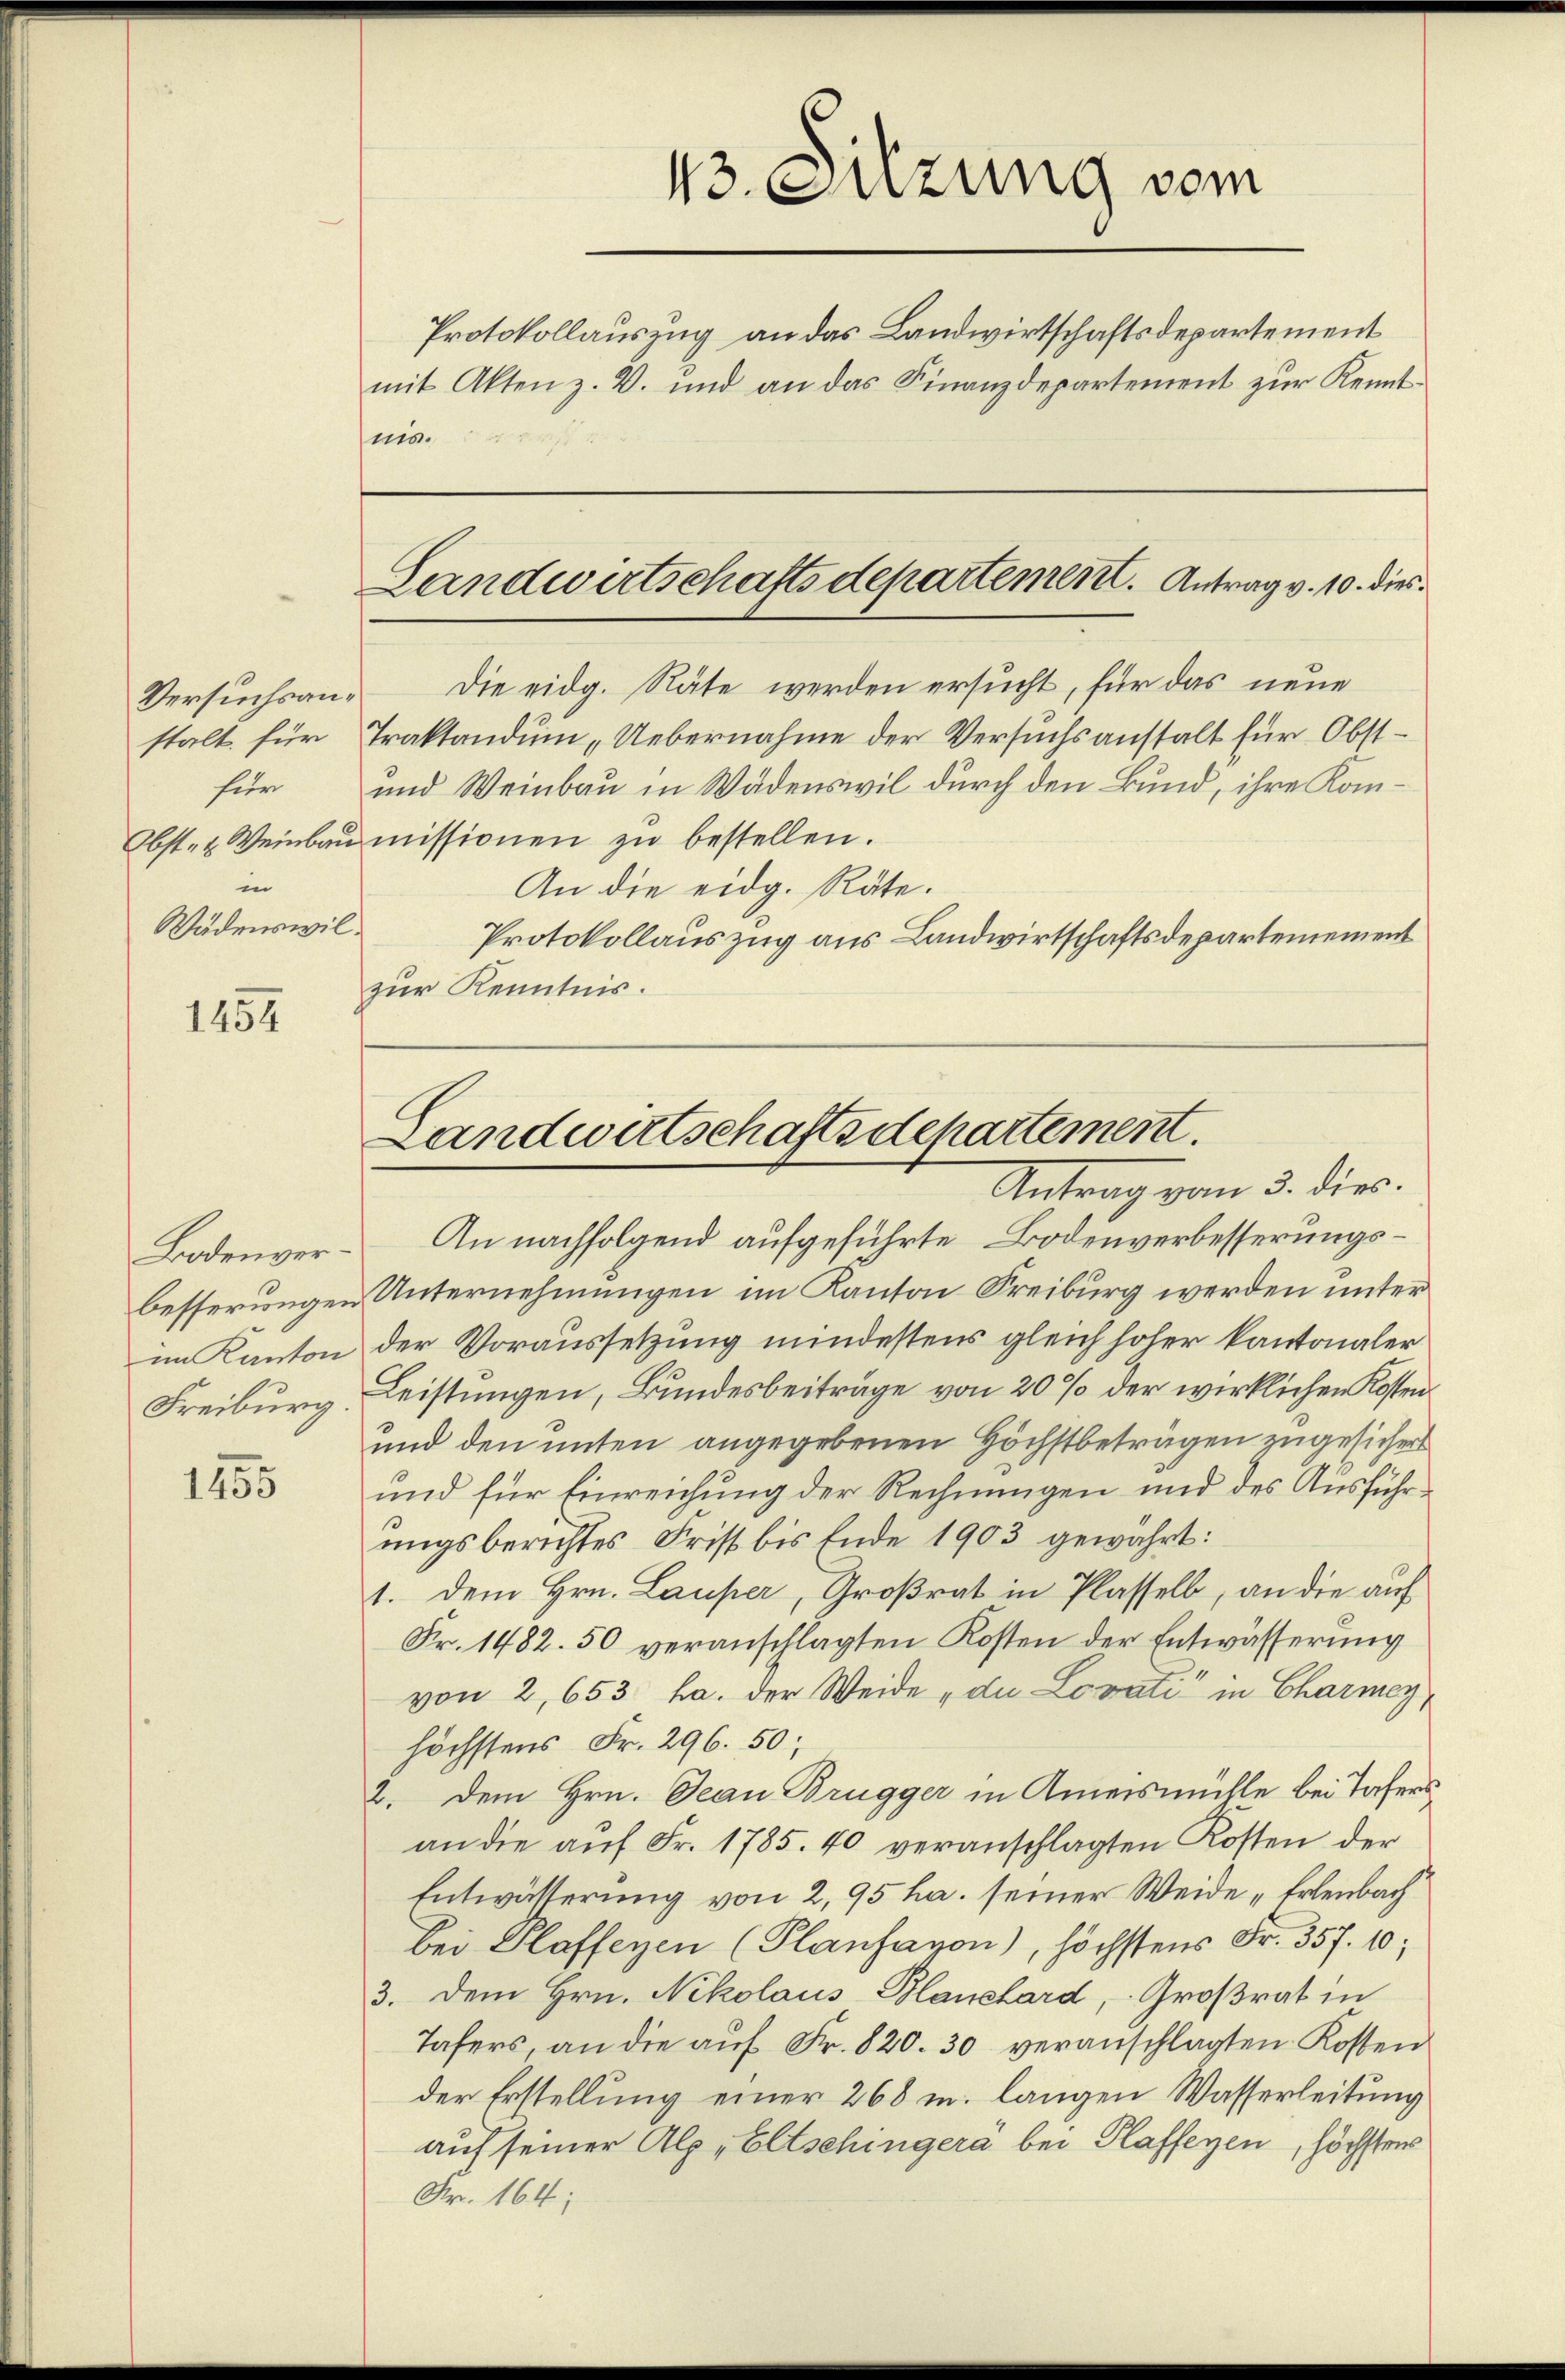
stalt für
für
Obst- u. Weinbau
in
Wädenswil

1454

Bodenverbesserungen
im Kanton
Freiburg.

1455

Protokollauszug an das Landwirtschaftsdepartement
nis.
Versuchsan. Die eidg. Räte werden ersucht, für das neue
Traktandum „Uebernahme der Versuchsanstalt für Obst¬
und Weinbau in Wädenswil durch den Bund, ihre Kommissionen zŭ bestellen.
An die eidg. Räte.
Protokollauszug aus Landwirtschaftsdepartemement
zur Kenntnis.

13. Sitzung vom

mit Akten z. B. und an das Finanzdepartement zur Kennt¬

Landwirtschaftsdepartement. Antrag v. 10. dies

Landwirtschaftsdepartement.
Antrag vom 5. die

An nachfolgend aufgeführte Bodenverbesserungs¬
Unternehmungen im Kanton Freiburg werden unter
der Voraussetzung mindestens gleich hoher kantonaler
Leistungen, Bundesbeiträge von 20 % der wirklichen Kosten
und den unten angegebenen Höchstbeträgen zugesichert
und für Einreichung der Rechnungen und des Ausführungsberichtes Frist bis Ende 1903 gewährt:
1. dem Hrn. Lauper, Großrat in Plasselb, an die auf
Fr. 1482. 50 veranschlagten Kosten der Entwässerung
von 2, 653 ha. der Weide „du Lovati in Charmey,
höchstens Fr. 296. 50;
2. Dem Hrn. Jean Brugger in Ameismühle bei Tafersan die aŭf Fr. 1785. 40 veranschlagten Kosten der
Entwätterung von 2,95 ha. seiner Weide „Erlenbach
bei Plaffenen (Plansavon), höchstens Fr. 357. 10;
3. Dem Hrn. Nikolaus Blanchard, Großrat in
Tafers, an die aŭf Fr. 820. 30 veranschlagten Kosten
der Erstellung einer 268 u. langen Wasserleitung
auf seiner Alp, Eltschingera bei Plaffenen, höchstens
Nr. 164;